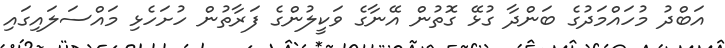
އަބްދު މުހައްމަދުގެ ބަންދާ ގުޅޭ ގޮތުން އޭނާގެ ވަކީލުންގެ ފަރާތުން ހުށަހެޅި މައްސަލައިގައި